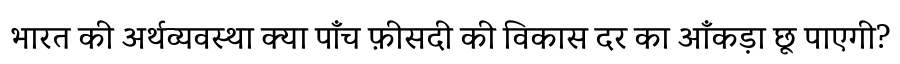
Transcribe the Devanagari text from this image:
भारत की अर्थव्यवस्था क्या पाँच फ़ीसदी की विकास दर का आँकड़ा छू पाएगी?